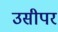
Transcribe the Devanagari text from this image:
उसीपर